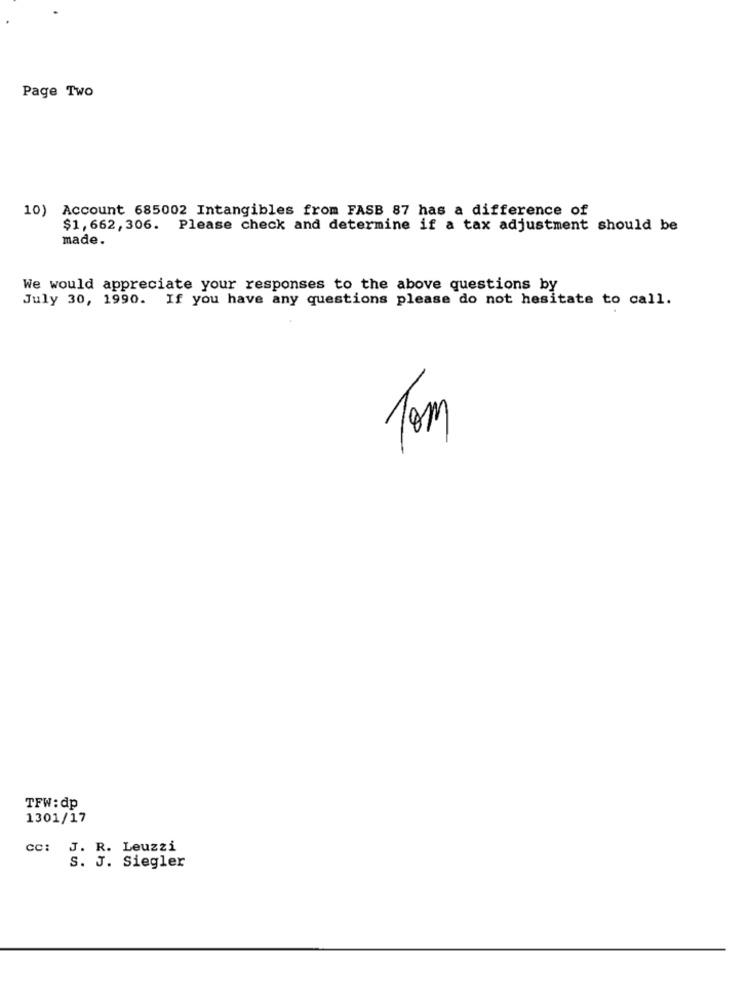
Page Two
10) Account 685002 Intangibles from FASB 87 has a difference of
$1,662, 306. Please check and determine if a tax adjustment should be
made.
We would appreciate your responses to the above questions by
July 30, 1990. If you have any questions please do not hesitate to call.
Tom
TFW:dp
1301/17
CC: J. R. Leuzzi
S. J. Siegler